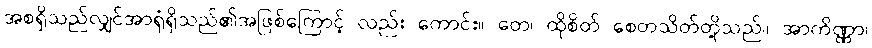
အစရှိသည်လျှင်အာရုံရှိသည်၏အဖြစ်ကြောင့် လည်း ကောင်း။ တေ၊ ထိုစိတ် စေတသိတ်တို့သည်။ အာကိဏ္ဏာ၊